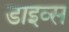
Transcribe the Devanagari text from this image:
डाइव्स